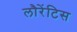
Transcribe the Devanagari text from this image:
लौरेंटिस